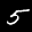
Label: 5